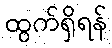
ထွက်ရှိရန်